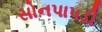
સોનપાપડી